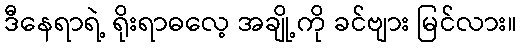
ဒီနေရာရဲ့ ရိုးရာဓလေ့ အချို့ကို ခင်ဗျား မြင်လား။